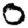
Digit: 0